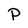
Character: P